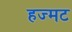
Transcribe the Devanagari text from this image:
हज्मट